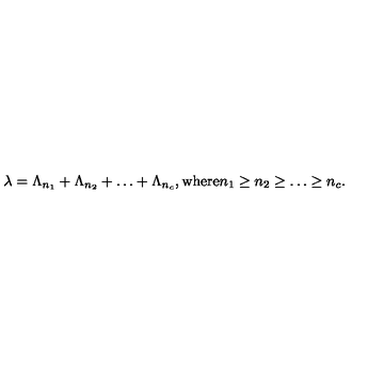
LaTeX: \lambda = \Lambda _ { n _ { 1 } } + \Lambda _ { n _ { 2 } } + \ldots + \Lambda _ { n _ { c } } , \mathrm { w h e r e } n _ { 1 } \geq n _ { 2 } \geq \ldots \geq n _ { c } .